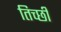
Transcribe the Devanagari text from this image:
तिच्छी